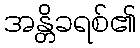
အန္တိခရစ်၏